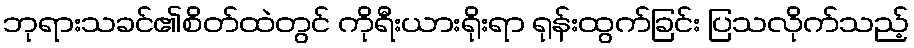
ဘုရားသခင်၏စိတ်ထဲတွင် ကိုရီးယားရိုးရာ ရုန်းထွက်ခြင်း ပြသလိုက်သည့်